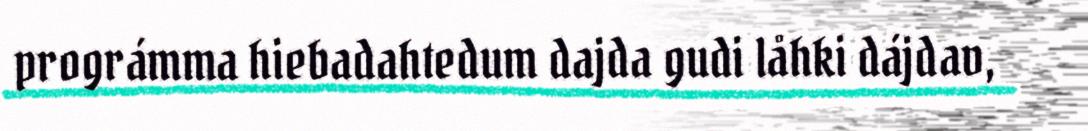
prográmma hiebadahtedum dajda gudi låhki dájdav,